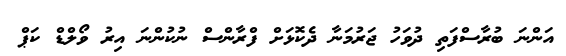
އަންނަ ބުރާސްފަތި ދުވަހު ޖަރުމަނާ ދެކޮޅަށް ފްރާންސް ނުކުންނަ އިރު ވޯލްޑް ކަޕް